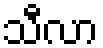
သီလာ